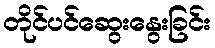
တိုင်ပင်ဆွေးနွေးခြင်း